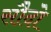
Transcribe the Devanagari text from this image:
सौदो